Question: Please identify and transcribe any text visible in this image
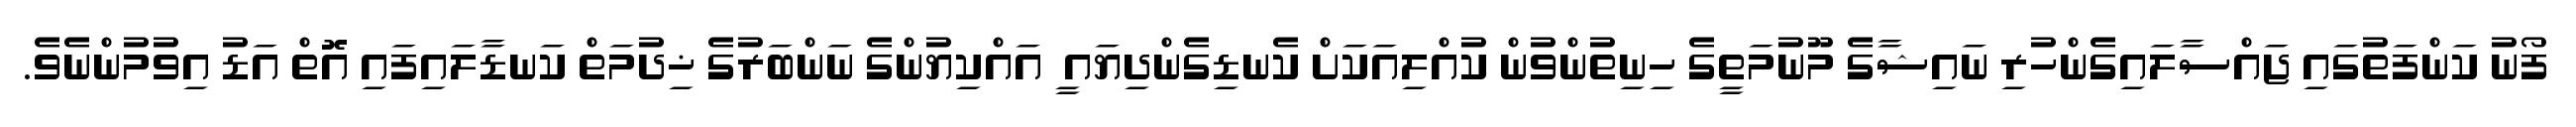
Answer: ފޯނު ކަންފަތުގައި ޖައްސާލައިގެންހުރި ނައިޝާގެ މޫނުމަތީގެ ހިނިތުންވުން ކުއްލިއަކަށް ކެނޑިގެންދިޔައ ީ އައްކިޔުންގެ ނަންބަރުގެ ޚިދުމަތް ކަނޑާލައިފައި އޮތް އަޑު އިވުމުންނެވެ.